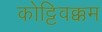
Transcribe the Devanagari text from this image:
कोट्टिवक्कम